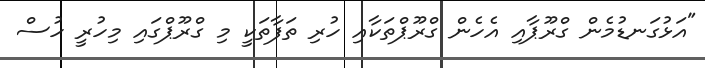
"އަޅުގަނޑުމެން ގްރޫޕާއި އެހެން ގްރޫޕްތަކާއި ހުރި ތަފާތަކީ މި ގްރޫޕްގައި މިހުރީ ހުސް